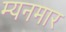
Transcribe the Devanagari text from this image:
म्यनमार